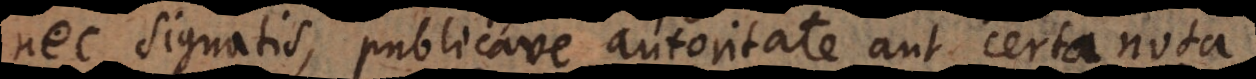
nec signatis, publicave autoritate aut certa nota